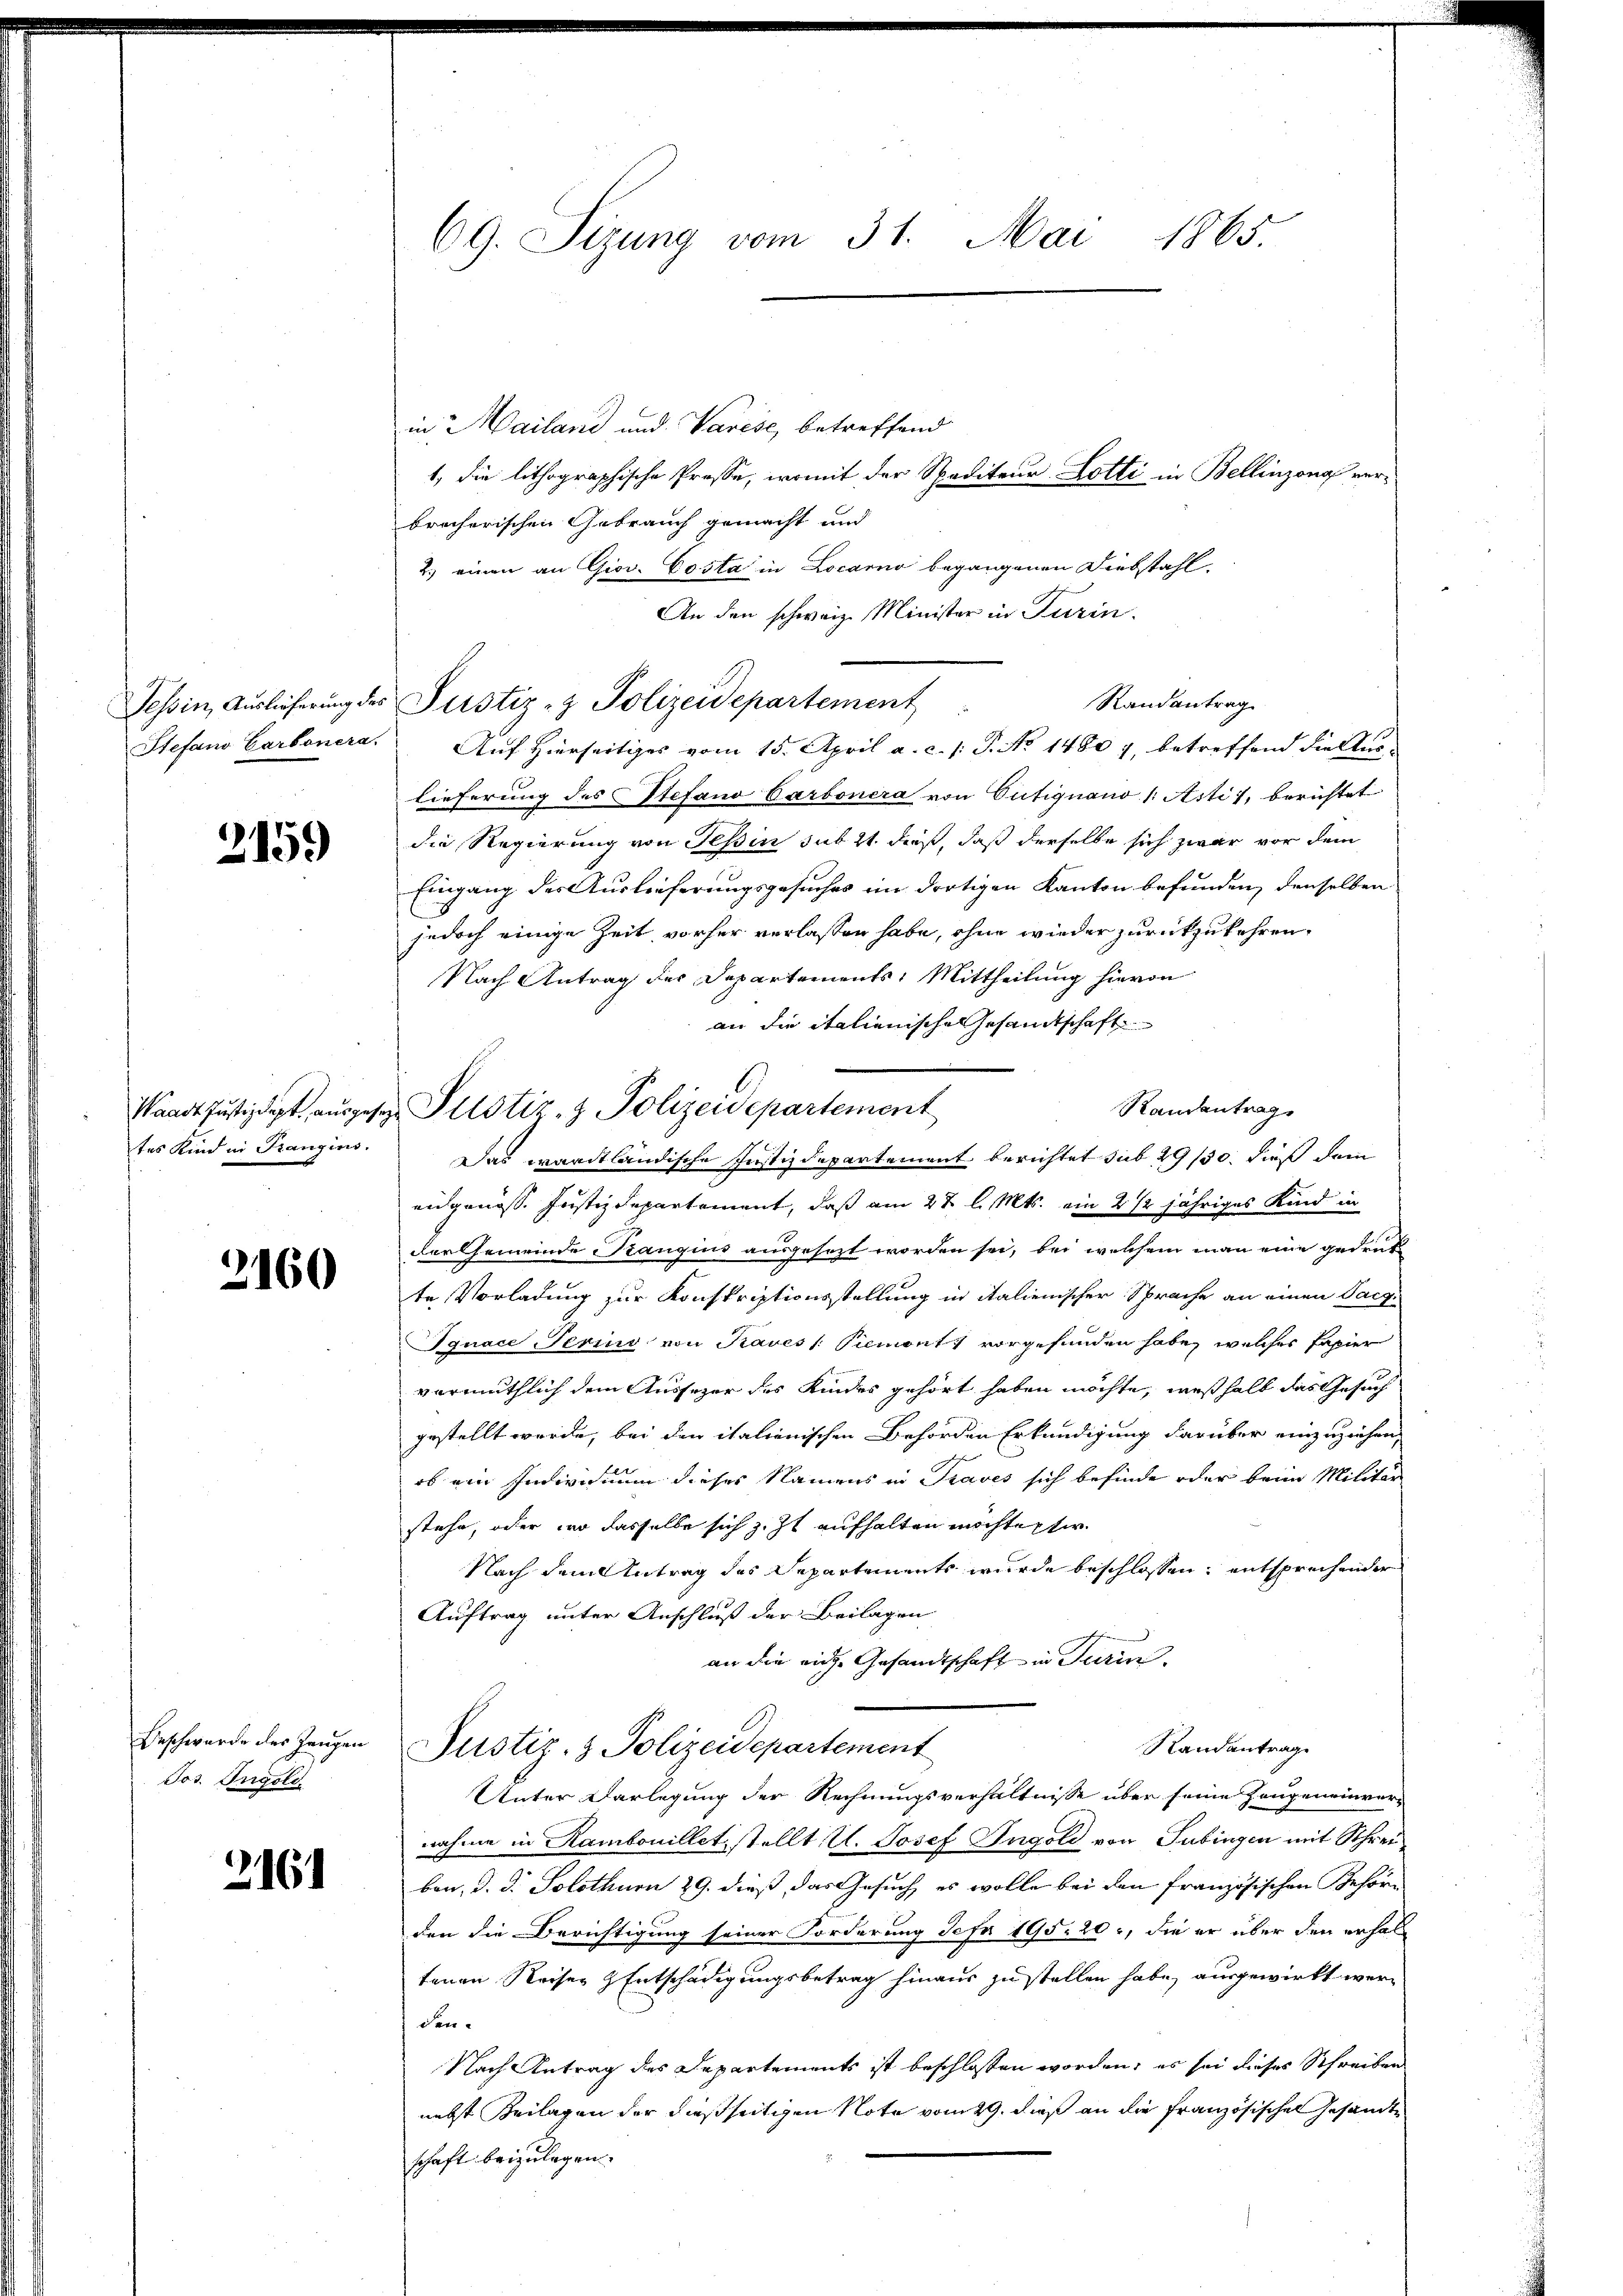
2159

2160

Jos. Ingold.

2161

69. Sizung vom 31. Mai 1865.

in Mailand und Varese, betreffend
1, die lithographische Presse, womit der Spediteur Lotti in Bellinzona verbrecherischen Gebrauch gemacht und
2.) einen an Giov. Costa in Locarno begangenen Diebstahl
An den schweiz. Minister in Turin.
Randantrag.
Stefano Carbonera. Auf Hierseitiges vom 15. April a. c. /: P. No 1480 7, betreffend die Aus-
lieferung des Stefano Carbonera von Putignano 1: Asti 1, berichtet
die Regierung von Tessin sub 21. dieß, daß derselbe sich zwar vor dem
Eingang der Auslieferungsgesuches im dortigen Kanton befunden, denselben
jedoch einige Zeit, vorher verlassen habe, ohne wieder zurückzukehren,
Nach Antrag des Departements, Mittheilung hievon
an die italienische Gesandtschaft
Randantrage
tes Kind in Franzins. Das waadtländische Justizdepartement berichtet sub 29/30. dieß dem
eidgenöss. Justizdepartement, daß am 27 l. Mts. ein 2 1/2 jähriges Kind in
Der Gemeinde Prangius ausgesezt worden sei, bei welchem man eine gedruk
te Vorladung zur Konskriptionsstellung in italienischer Sprache an einen Sach¬
Ignace Serins von Traves /: Piemonts vorgefunden habe, welcher Papier
vermuthlich dem Aussezer des Kindes gehört haben möchte, weßhalb das Gesuch
gestellt werde, bei den italienischen Behörden Erkundigung darüber einzuziehen.
ob ein Individuum dieses Namens in Traves sich befinde oder beim Militär
stehe, oder wo dasselbe sich z. Zt. aufhalten möchte phi
Nach dem Antrag des Departements wurde beschlossen: entsprechender
Auftrag unter Anschluß der Beilagen
an die riche Gesandtschaft in Turin
Beschwerde des Zeŭgen Pustiz- & Polizeidepartement
Randantrage
Unter Darlegung der Rechnungsverhältnisse über seine Zeugeneinvernahme in Hambonilletstellt. U. Josef Ingold von Tübingen mit Schreibon, d. d. Solothurn 29. dieß, das Gesuch, es wolle bei den französischen Gehöre
den die Berichtigung seiner Forderung Scha 195. 20, die er über den erhaltenen Reiser Entschädigungsbetrag hinaus zu stellen habe, ausgewirkt werden¬
Nach Antrag des Departements ist beschlossen worden; es sei dieses Schreiben
nebst Beilagen der dießseitigen Note vom 29. dieß an die französischen Gesandte
schaft beizulegen.

Tessin, Auslieferung des Pustiz- & Polizeidepartement

Waadt Justizdigt, ausgesen Pilstiz- & Polizeidepartement